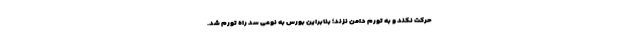
حرکت نکند و به تورم دامن نزند؛ بنابراین بورس به نوعی سد راه تورم شد.